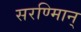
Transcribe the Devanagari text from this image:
सरण्मािन्‌